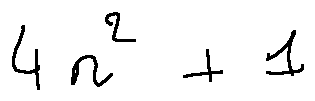
4 n ^ { 2 } + 1